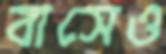
বাসেও